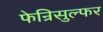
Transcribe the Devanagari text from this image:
फेन्रिसुल्फर